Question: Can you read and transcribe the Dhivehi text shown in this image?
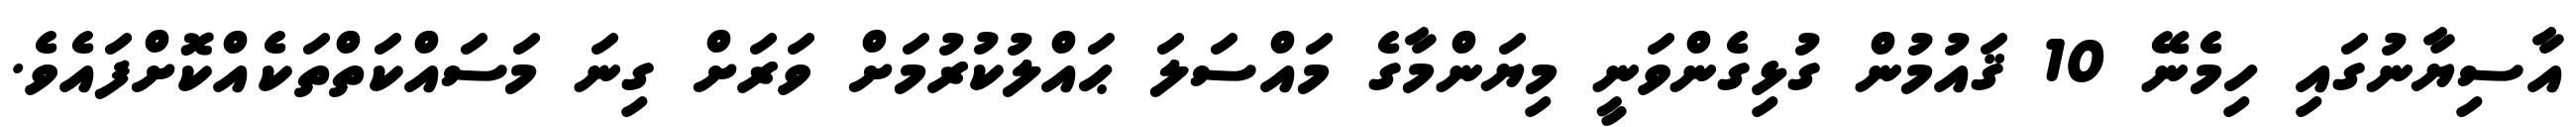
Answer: އާސިޔާނުގައި ހިމެނޭ 10 ޤައުމުން ގުޅިގެންވަނީ މިޔަންމާގެ މައްސަލަ ޙައްލުކުރުމަށް ވަރަށް ގިނަ މަސައްކަތްތަކެއްކޮށްފައެވެ.